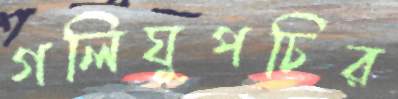
গলিঘুপচির